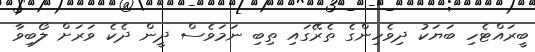
ބީރައްޓެހި ބަޔަކު ދިވެހިންގެ ތެރޭގައި ތިބި ނަމަވެސް ދީން ދެކެ ވަރަށް ލޯބިވާ